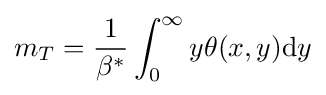
m_{T}={1 \over \beta ^{*}}\int _{0}^{\infty }{y\theta (x,y)\mathrm {d} y}